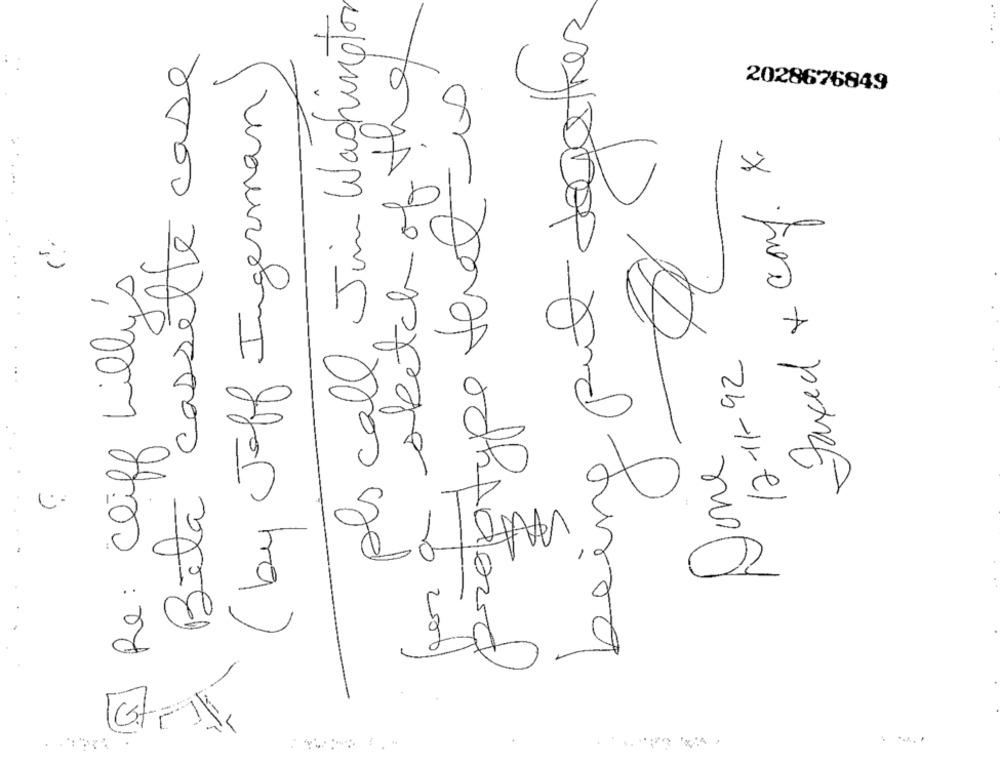
pls call Jim Washington
being put together
sketch of the
Bita casselte case
proptype that is
( by Jeff Ingerman
2028676849
Faxed + conf. X.
Re: Cliff Lilly's
12-11-92
Done
:.. .